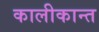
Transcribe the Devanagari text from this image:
कालीकान्त